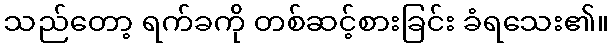
သည်တော့ ရက်ခကို တစ်ဆင့်စားခြင်း ခံရသေး၏။